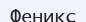
Феникс